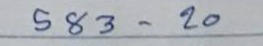
583 - 20